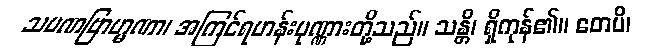
သမဏဗြာဟ္မဏာ၊ အကြင်ရဟန်းပုဏ္ဏားတို့သည်။ သန္တိ၊ ရှိကုန်၏။ တေပိ၊